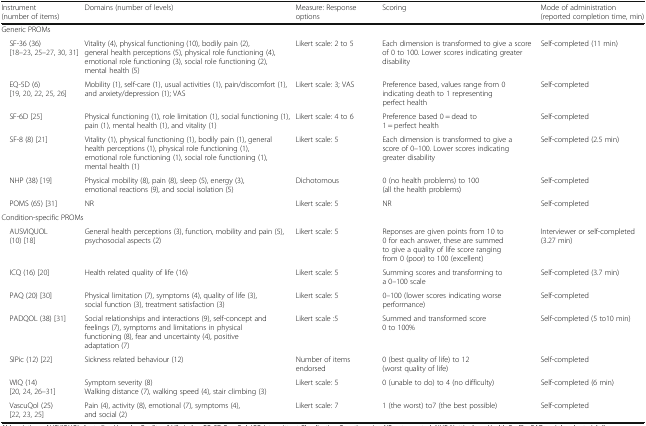
<table><thead><tr><td><b>Instrument (number of items)</b></td><td><b>Domains (number of levels)</b></td><td><b>Measure: Response options</b></td><td><b>Scoring</b></td><td><b>Mode of administration (reported completion time, min)</b></td></tr></thead><tbody><tr><td colspan="5">Generic PROMs</td></tr><tr><td> SF-36 (36) [18–23, 25–27, 30, 31]</td><td>Vitality (4), physical functioning (10), bodily pain (2), general health perceptions (5), physical role functioning (4), emotional role functioning (3), social role functioning (2), mental health (5)</td><td>Likert scale: 2 to 5</td><td>Each dimension is transformed to give a score of 0 to 100. Lower scores indicating greater disability</td><td>Self-completed (11 min)</td></tr><tr><td> EQ-5D (6) [19, 20, 22, 25, 26]</td><td>Mobility (1), self-care (1), usual activities (1), pain/discomfort (1), and anxiety/depression (1); VAS</td><td>Likert scale: 3; VAS</td><td>Preference based, values range from 0 indicating death to 1 representing perfect health</td><td>Self-completed</td></tr><tr><td> SF-6D [25]</td><td>Physical functioning (1), role limitation (1), social functioning (1), pain (1), mental health (1), and vitality (1)</td><td>Likert scale: 4 to 6</td><td>Preference based 0 = dead to 1 = perfect health</td><td>Self-completed</td></tr><tr><td> SF-8 (8) [21]</td><td>Vitality (1), physical functioning (1), bodily pain (1), general health perceptions (1), physical role functioning (1), emotional role functioning (1), social role functioning (1), mental health (1)</td><td>Likert scale: 5</td><td>Each dimension is transformed to give a score of 0–100. Lower scores indicating greater disability</td><td>Self-completed (2.5 min)</td></tr><tr><td> NHP (38) [19]</td><td>Physical mobility (8), pain (8), sleep (5), energy (3), emotional reactions (9), and social isolation (5)</td><td>Dichotomous</td><td>0 (no health problems) to 100 (all the health problems)</td><td>Self-completed</td></tr><tr><td> POMS (65) [31]</td><td>NR</td><td>Likert scale: 5</td><td>NR</td><td>Self-completed</td></tr><tr><td colspan="5">Condition-specific PROMs</td></tr><tr><td> AUSVIQUOL (10) [18]</td><td>General health perceptions (3), function, mobility and pain (5), psychosocial aspects (2)</td><td>Likert scale: 5</td><td>Reponses are given points from 10 to 0 for each answer, these are summed to give a quality of life score ranging from 0 (poor) to 100 (excellent)</td><td>Interviewer or self-completed (3.27 min)</td></tr><tr><td> ICQ (16) [20]</td><td>Health related quality of life (16)</td><td>Likert scale: 5</td><td>Summing scores and transforming to a 0–100 scale</td><td>Self-completed (3.7 min)</td></tr><tr><td> PAQ (20) [30]</td><td>Physical limitation (7), symptoms (4), quality of life (3), social function (3), treatment satisfaction (3)</td><td>Likert scale: 5</td><td>0–100 (lower scores indicating worse performance)</td><td>Self-completed</td></tr><tr><td> PADQOL (38) [31]</td><td>Social relationships and interactions (9), self-concept and feelings (7), symptoms and limitations in physical functioning (8), fear and uncertainty (4), positive adaptation (7)</td><td>Likert scale :5</td><td>Summed and transformed score 0 to 100%</td><td>Self-completed (5 to10 min)</td></tr><tr><td> SIPic (12) [22]</td><td>Sickness related behaviour (12)</td><td>Number of items endorsed</td><td>0 (best quality of life) to 12 (worst quality of life)</td><td>Self-completed</td></tr><tr><td> WIQ (14) [20, 24, 26–31]</td><td>Symptom severity (8)Walking distance (7), walking speed (4), stair climbing (3)</td><td>Likert scale: 5</td><td>0 (unable to do) to 4 (no difficulty)</td><td>Self-completed (6 min)</td></tr><tr><td> VascuQol (25) [22, 23, 25]</td><td>Pain (4), activity (8), emotional (7), symptoms (4), and social (2)</td><td>Likert scale: 7</td><td>1 (the worst) to7 (the best possible)</td><td>Self-completed</td></tr></tbody></table>